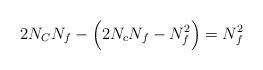
LaTeX: \begin{align*}2N_C N_f-\Big(2 N_c N_f - N_f^2\Big)=N_f^2\end{align*}